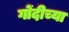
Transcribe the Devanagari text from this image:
गोंदीच्या